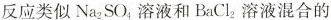
反应类似Na_{2}SO_{4}溶液和BaCl_{2}溶液混合的